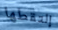
إلتقطها